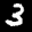
Label: 3